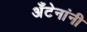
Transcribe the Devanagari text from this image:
अँटेनांनी